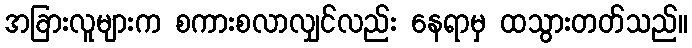
အခြားလူများက စကားစလာလျှင်လည်း နေရာမှ ထသွားတတ်သည်။